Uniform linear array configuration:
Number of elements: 16
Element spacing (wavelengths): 1
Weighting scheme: uniform
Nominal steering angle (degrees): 15
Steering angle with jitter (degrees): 16.825
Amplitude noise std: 0.05
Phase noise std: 0.05

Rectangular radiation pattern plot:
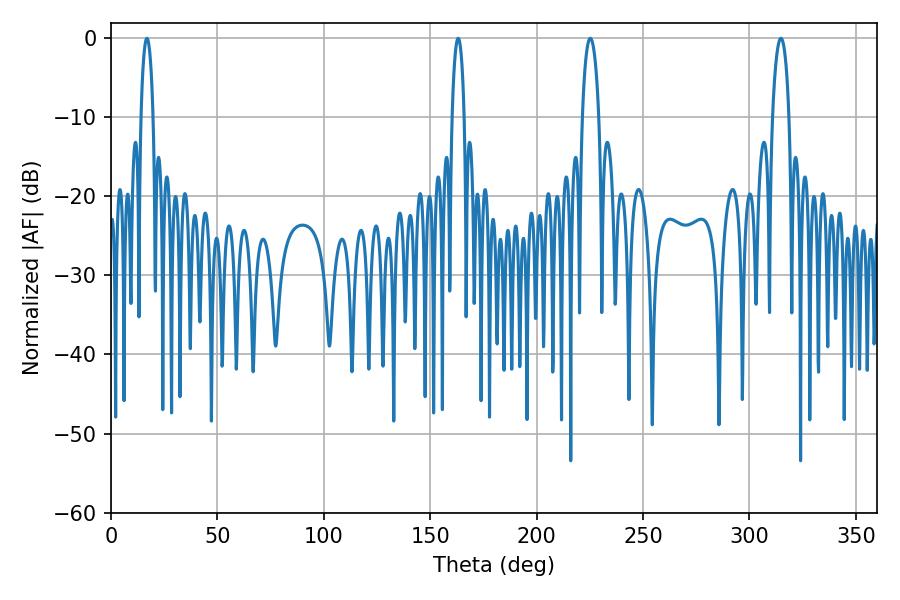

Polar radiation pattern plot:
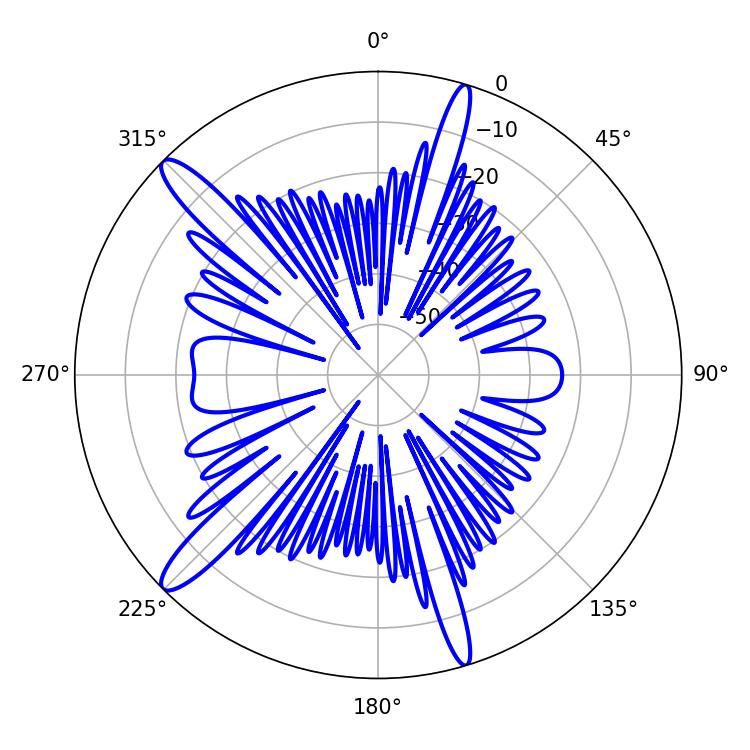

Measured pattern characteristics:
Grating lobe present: TRUE
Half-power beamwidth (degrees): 4.5
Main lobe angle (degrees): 225.18